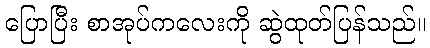
ပြောပြီး စာအုပ်ကလေးကို ဆွဲထုတ်ပြန်သည်။